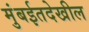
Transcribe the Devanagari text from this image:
मुंबईतदेखील